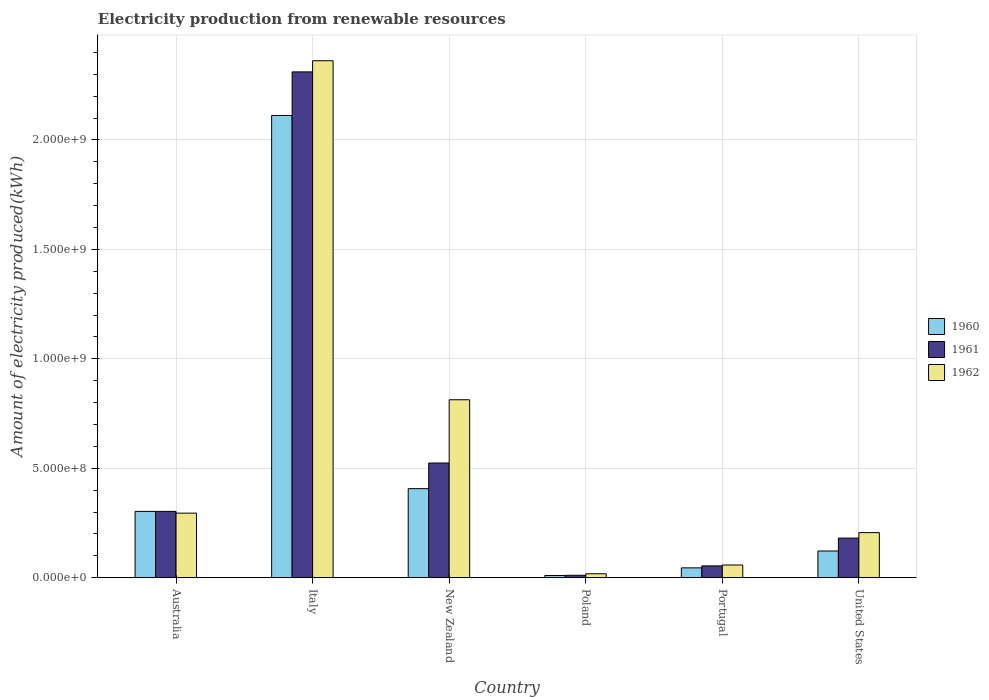
| Country | 1960 | 1961 | 1962 |
 | --- | --- | --- | --- |
 | Australia | 3.03e+08 | 3.03e+08 | 2.95e+08 |
 | Italy | 2.11e+09 | 2.31e+09 | 2.36e+09 |
 | New Zealand | 4.07e+08 | 5.24e+08 | 8.13e+08 |
 | Poland | 1e+07 | 1.1e+07 | 1.8e+07 |
 | Portugal | 4.5e+07 | 5.4e+07 | 5.8e+07 |
 | United States | 1.22e+08 | 1.81e+08 | 2.06e+08 |